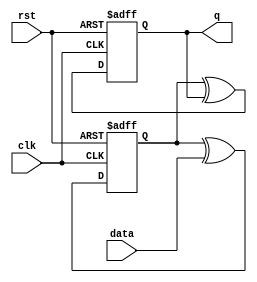

`timescale 1ns/1ns

module Tff_2 (

input wire data, clk, rst,

output reg q

);

//*************code***********//

reg  tmp;

    always@(posedge clk or negedge rst)begin

        if(rst == 1'b0)begin

         tmp <= 0 ;

        end

        else begin

         tmp <= tmp ^ data;

        end

    end

 

     always@(posedge clk or negedge rst)begin

        if(rst == 1'b0)begin

         q <= 0 ;

        end

        else begin

         q <=tmp ^q;

        end

    end

//*************code***********//

endmodule